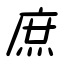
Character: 庶